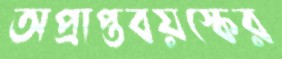
অপ্রাপ্তবয়স্কের